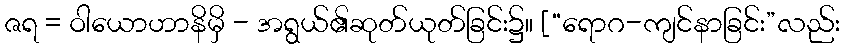
ဇရ = ဝါယောဟာနိမှိ - အရွယ်၏ဆုတ်ယုတ်ခြင်း၌။ [“ရောဂ-ကျင်နာခြင်း”လည်း